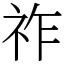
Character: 祚